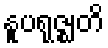
နူပရုဇ္ဈတိ